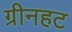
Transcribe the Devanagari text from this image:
ग्रीनहट